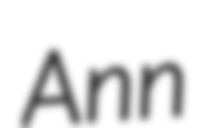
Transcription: Ann